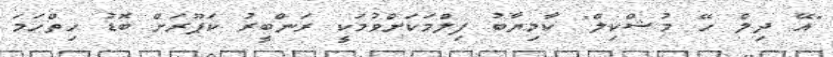
"އޭ ދިލް ހޭ މުޝްކިލް" ކާމިޔާބު ފިލްމަކަށްވުމަކީ ރަންބީރު ކަޕޫރަށް ބޮޑު ހިތްހަމަ